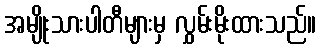
အမျိုးသားပါတီများမှ လွှမ်းမိုးထားသည်။